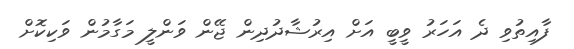
ފާއިތުވި ދެ އަހަރު ވީބީ އަށް އިރުޝާދުދިން ޖޭން ވަންލީ މަގާމުން ވަކިކޮށް